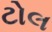
ટોલ